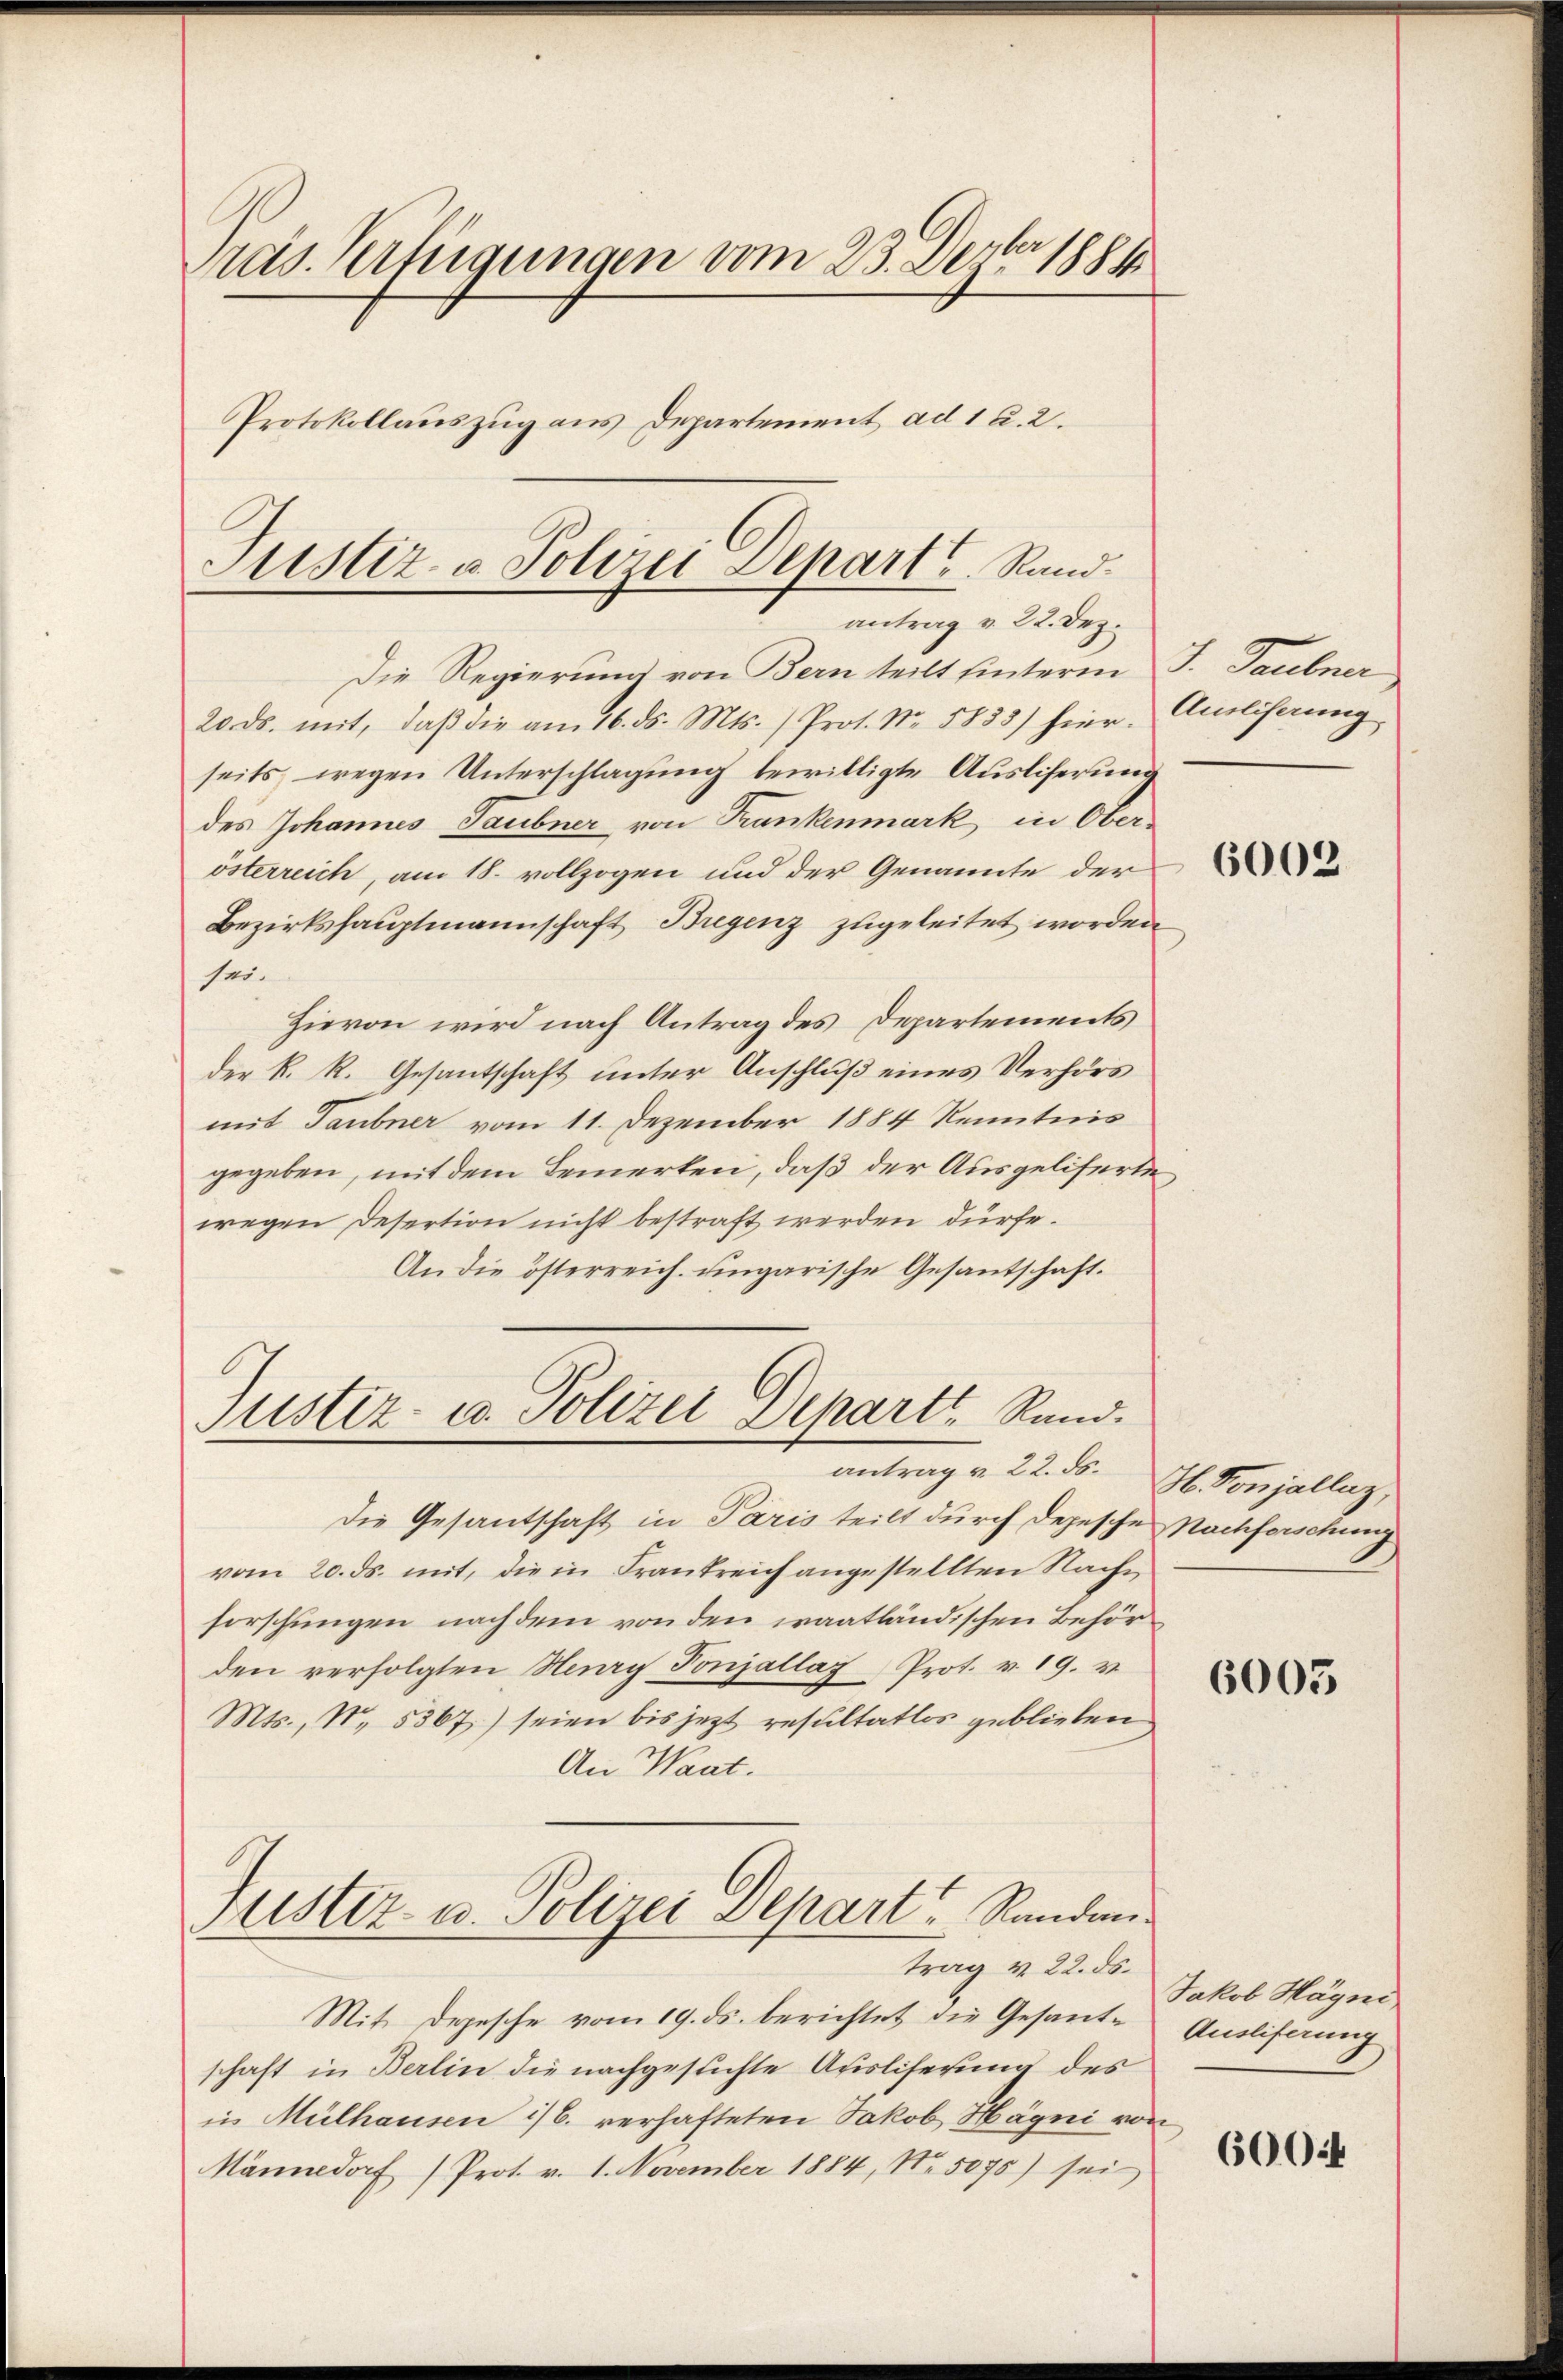
Pras. Verfügungen vom 23. Dezbr 1881
Protokollauszug aus Departement ad 1 u. 2.

Justiz- & Polizei Depart. Rand.
antrag v. 22. Dez.

Die Regierung von Bern teilt hinterm J. Taubner
20. ds. mit, daβ die am 16. ds. Mts. / Prot. No. 5853) hier-
seits wegen Unterschlagung bewilligte Ausliserung
des Johannes Taubner von Frankenmark in Ober-
österreich, am 18. vollzogen und der Genannte der
Bezirkshauptmannschaft Bregenz zugeleitet worden
sei.
Hievon wird nach Antrag des Departements
der K. R. Gesantschaft unter Anschluß eines Verhörs
mit Taubner vom 11. Dezember 1884 Kenntnis
gegeben, mit dem Bemerken, daß der Ausgeliferte,
wegen Desertion nicht bestraft werden dürfe.
An die österreich. ungarische Gesantschaft.
Justiz- u. Polizei Departe Sand.
antrag v. 22. ds.
Die Gesantschaft in Paris teilt durch Depesche Nachforschung
vom 20. ds. mit, die in Frankreich angestellten Rache
forschungen nachdem von den waatländischen Behörden verfolgten Haary Ponjallag Prot. v. 19. v.
Mts., N. 5367) seien bis jetzt resultatlos geblieben
An Waat.
Justiz- u. Polizei Depart Randantrag v. 22. ds.
Mit Depesche vom 19. ds. berichtet die Gesandschaft in Berlin die nachgesuchte Ausliserung des
in Mülhausen 1/6. verhafteten Jakob Hägni von
Männedorf (Prot. v. 1. November 1884, No. 5075) sei

Ausliserung

6002

H. Vonjallaz,

6003

Jakob Hägni
Ausliferung

600 f